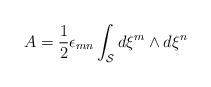
LaTeX: \begin{align*}A={1\over 2}\epsilon_{mn}\int_{\cal S}d\xi^m\wedge d\xi^n\end{align*}